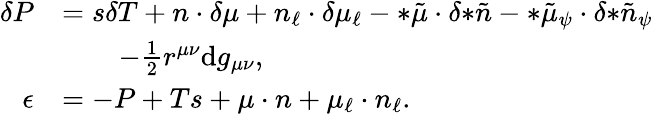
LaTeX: \begin{array}{rl}{\delta P}&{=s\delta T+n\cdot\delta\mu+n_{\ell}\cdot\delta\mu_{\ell}-{*\tilde{\mu}}\cdot\delta{*\tilde{n}}-{*\tilde{\mu}_{\psi}}\cdot\delta{*\tilde{n}_{\psi}}}\\ &{\qquad-\frac{1}{2}r^{\mu\nu}\mathrm{d}g_{\mu\nu},}\\ {\epsilon}&{=-P+Ts+\mu\cdot n+\mu_{\ell}\cdot n_{\ell}.}\end{array}